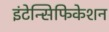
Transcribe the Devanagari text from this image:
इंटेन्सिफिकेशन